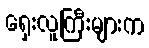
ရှေးလူကြီးများက